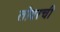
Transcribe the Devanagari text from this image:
तोवरची